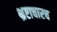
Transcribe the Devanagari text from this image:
भ्रष्टाचारच